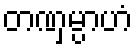
တဏှမ္ပာဟံ